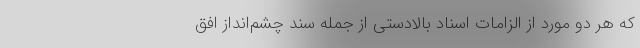
که هر دو مورد از الزامات اسناد بالادستی از جمله سند چشم‌انداز افق